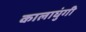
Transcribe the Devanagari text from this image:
कालाघुंगी